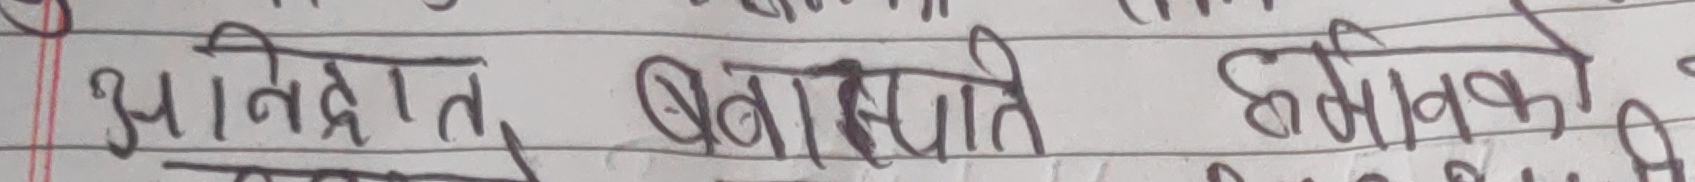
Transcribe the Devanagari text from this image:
आनिद्रात, बयासेपति, हर्मानका